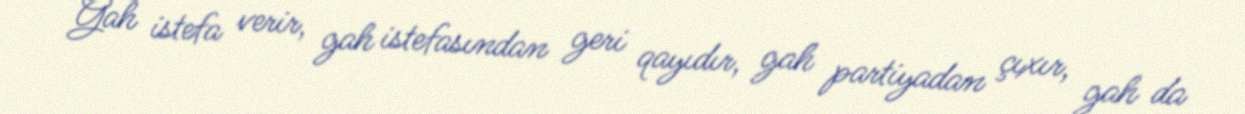
Gah istefa verir, gah istefasından geri qayıdır, gah partiyadan çıxır, gah da